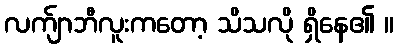
လက်ျာဘီလူးကတော့ သိသလို ရှိနေ၏ ။